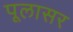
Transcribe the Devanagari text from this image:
पूलासर